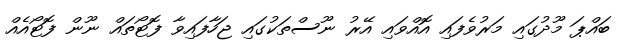
ބައްޕަ މޫދުގައި މަރުވެފައި އޮއްވައި އޭރު ނޫސްތަކުގައި ޖަހާފައިވާ ފޮޓޯތައް ނޫން ފޮޓޯއެއް